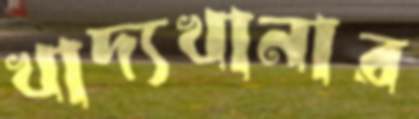
খাদ্যখানার